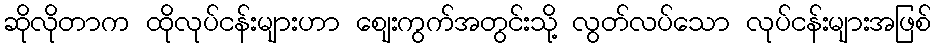
ဆိုလိုတာက ထိုလုပ်ငန်းများဟာ စျေးကွက်အတွင်းသို့ လွတ်လပ်သော လုပ်ငန်းများအဖြစ်